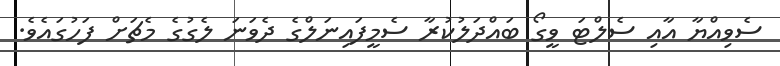
ސެވިއްޔާ އާއި ސެލްޓަ ވީގޯ ބައްދަލުކުރާ ސެމީފައިނަލްގެ ދެވަނަ ލެގުގެ މެޗަށް ފަހުގައެވެ.